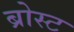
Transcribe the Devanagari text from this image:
ब्रोस्ट